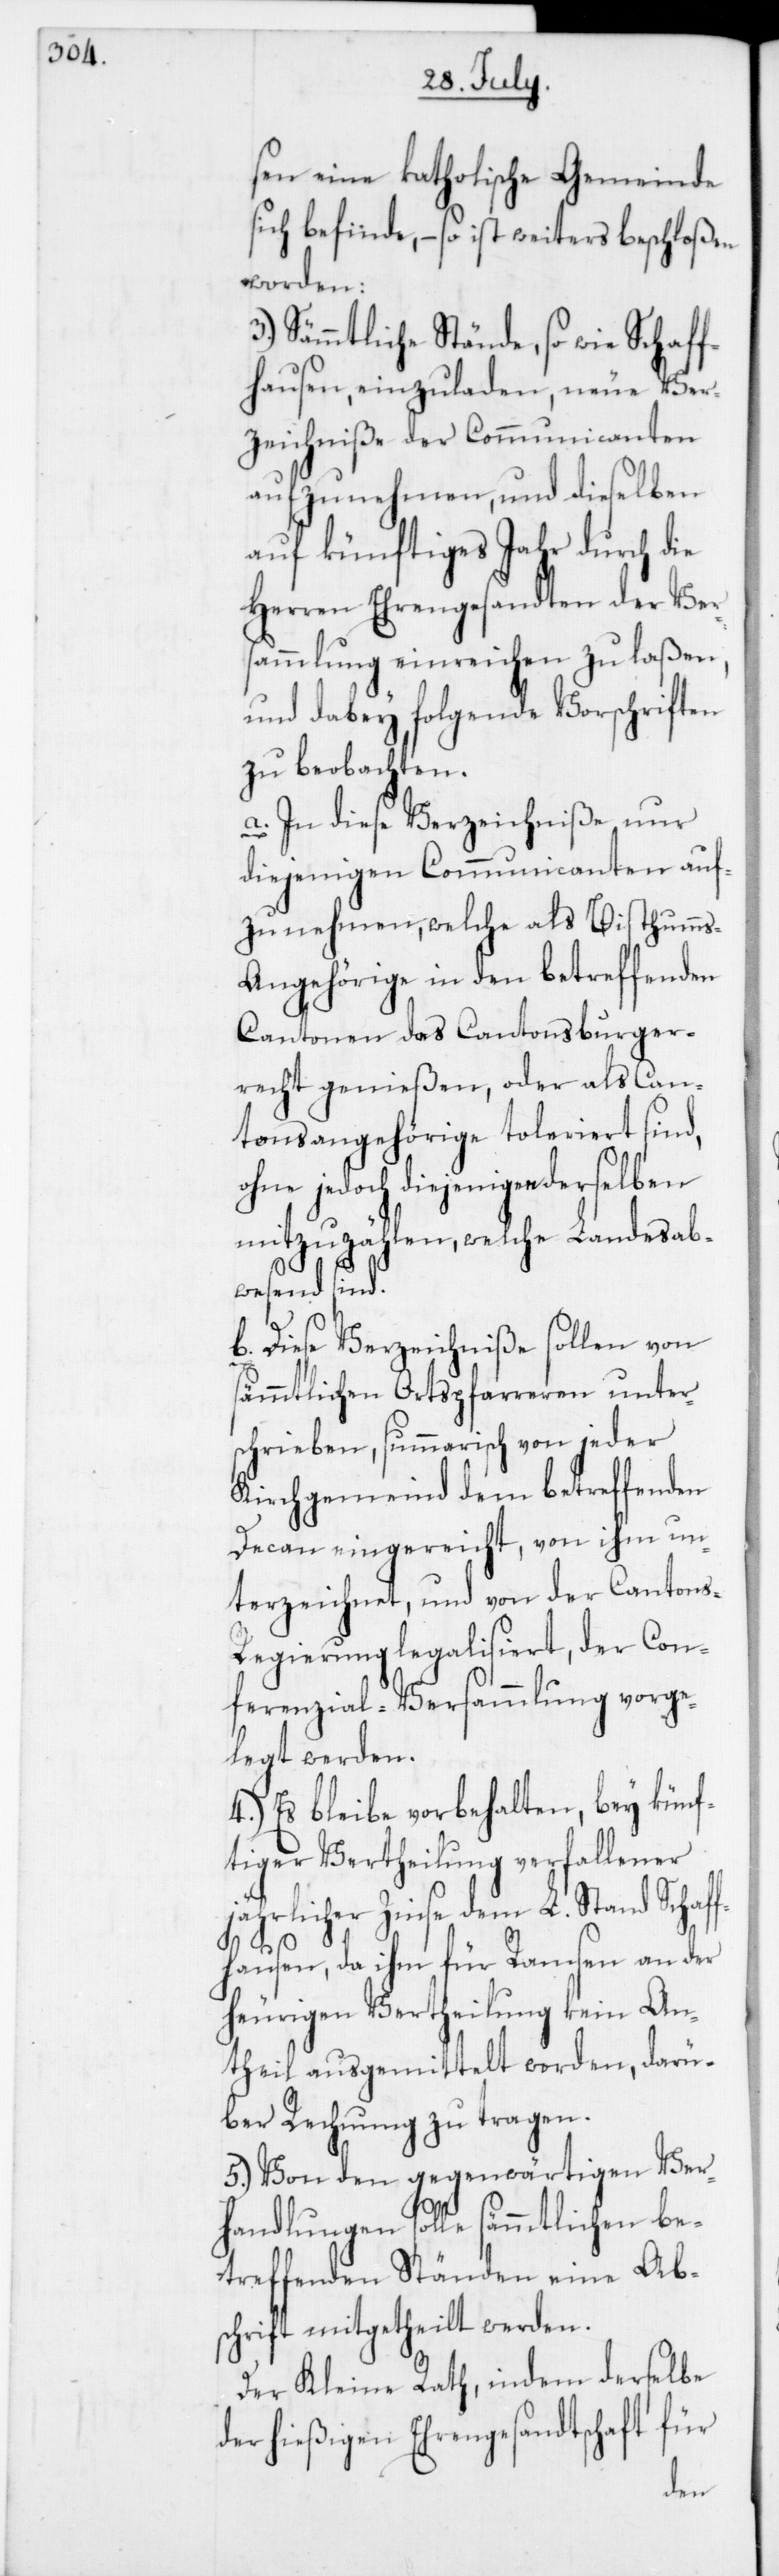
sen eine katholische Gemeinde
sich befinde, – so ist weiters beschloßen
worden:
3. Sämmtliche Stände, so wie Schaff¬
hausen einzuladen, neue Ver¬
zeichniße der Communicanten
aufzunehmen, und dieselben
auf künftiges Jahr durch die
Herren Ehrengesandten der Ver¬
sammlung einreichen zu laßen,
und dabey folgende Vorschriften
zu beobachten.
a) In diese Verzeichniße nur
diejenigen Communicanten auf¬
zunehmen, welche als Bisthumm¬
s-Angehörige in den betreffenden
Cantonen das Cantonsburger¬
recht genießen, oder als Can¬
tonsangehörige toleriert sind,
ohne jedoch diejenigen derselben
mitzuzählen, welche Landesab¬
wesend sind.
b) Diese Verzeichniße sollen von
sämmtlichen Ortspfarreren unter¬
schrieben, summarisch von jeder
Kirchgemeind dem betreffenden
Decan eingereicht, von ihm un¬
terzeichnet, und von der Cantons-R¬
egierung legalisiert, der Con¬
ferenzial-Versammlung vorge¬
legt werden.
4. Es bleibe vorbehalten, bey künf¬
tiger Vertheilung verfallener
jährlicher Zinse dem L. Stand Schaff¬
hausen, da ihm für Ramsen an der
heurigen Vertheilung kein An¬
theil ausgemittelt worden, darü¬
ber Rechnung zu tragen.
5. Von den gegenwärtigen Ver¬
handlungen solle sämmtlichen be¬
treffenden Ständen eine Ab¬
schrift mitgetheilt werden.
Der Kleine Rath, indem derselbe
der hießigen Ehrengesandtschaft für